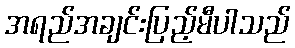
အရည်အချင်းပြည့်မီပါသည်